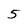
Character: 5